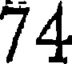
74